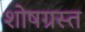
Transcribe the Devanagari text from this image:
शोषग्रस्‍त